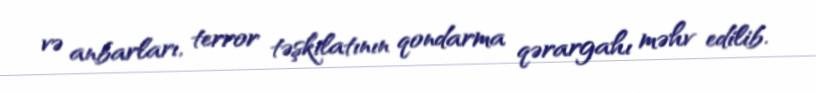
və anbarları, terror təşkilatının qondarma qərargahı məhv edilib.